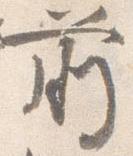
前